Code of medical and sanitary regulations for the guidance of medical officers serving in the Madras Presidency - Volume II
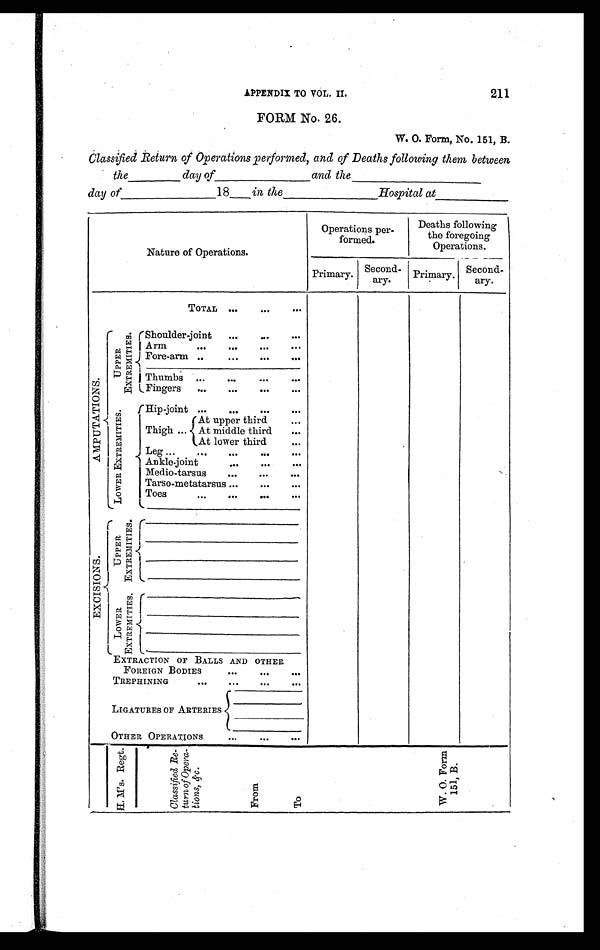
APPENDIX TO VOL. II.
211
FORM No. 26.
W. O. Form, No. 151, B.
Classified Return of Operations performed, and of Deaths following them between
the _______ day of __________ and the ________________
day of ________ 18 ___ in the ________________Hospital at __________
Nature of Operations.
Operations per-
formed.
Deaths following
the foregoing
Operations.
Primary. Second-
ary.
Primary. Second-
ary.
TOTAL . . .
. . .
. . .
A M P U T A T I O N S .
UPPER
EXTREMI TI ES.
Shoulder-joint
...
...
...
Arm
. . .
...
. . .
. . .
Fore-arm ..
. . .
. . .
. . .
_____________________________
Thumbs ...
...
. . .
. . .
Fingers ...
. . .
...
. . .
L O W E R E X T R E M I T I E S . Hip-joint ...
. . .
. . .
. . .
At upper third
...
Thigh ... At middle third
...
At lower third
...
Leg . . .
. . .
. . .
. . .
. . .
Ankle-joint
...
. . .
...
Medio-tarsus
. . .
. . .
. . .
Tarso-metatarsus ...
. . .
. . .
Toes
...
. . .
. . .
. . .
______________________________
E X C I S I O N S .
UPPER
EXTREMI TI ES .
____________________________
______________________________
______________________________
_ _ _ _ _ _ _ _ _ _ _ _ _ _ _ _ _ _ _ _ _ _ _ _ _ _ _ _ _ _
L O W E R
E X T R E M I T I E S .
______________________________
______________________________
_ _ _ _ _ _ _ _ _ _ _ _ _ _ _ _ _ _ _ _ _ _ _ _ _ _ _ _ _ _
______________________________
EXTRACTION OF BALLS AND OTHER
FOREIGN BODIES
. . .
. . .
. . .
TREPHINING
. . .
. . .
. . .
. . .
LIGATURES OF ARTERIES
_ _ _ _ _ _ _ _ _ _ _ _ _ _ _ _ _
_ _ _ _ _ _ _ _ _ _ _ _ _ _ _ _ _
_ _ _ _ _ _ _ _ _ _ _ _ _ _ _ _ _
_ _ _ _ _ _ _ _ _ _ _ _ _ _ _ _ _
OTHER OPERATIONS
. . .
. . .
. . .
H . M . ' s . R e g t .
C l a s s i f i e d R e -
t u r n o f O p e r a -
t i o n s , & c .
F r o m
T o
W . O . F o r m
1 5 1 , B .